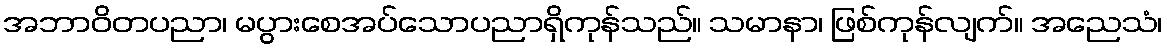
အဘာဝိတပညာ၊ မပွားစေအပ်သောပညာရှိကုန်သည်။ သမာနာ၊ ဖြစ်ကုန်လျက်။ အညေသံ၊